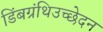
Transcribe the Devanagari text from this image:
डिंबग्रंथिउच्छेदन